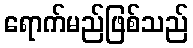
ရောက်မည်ဖြစ်သည်